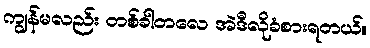
ကျွန်မလည်း တစ်ခါတလေ အဲဒီလိုခံစားရတယ်။